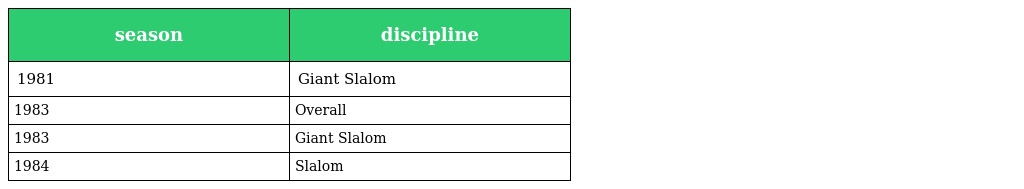
| season | discipline |
 | --- | --- |
 | 1981 | Giant Slalom |
 | 1983 | Overall |
 | 1983 | Giant Slalom |
 | 1984 | Slalom |